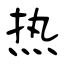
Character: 热